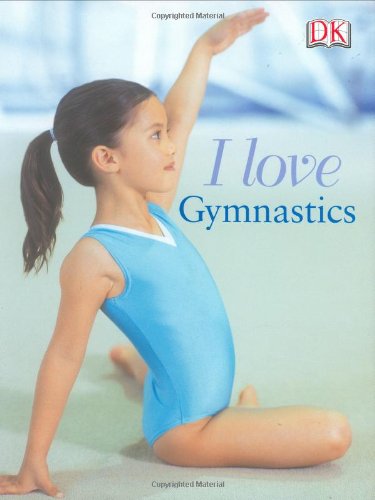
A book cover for I Love Gymnastics; Naia Bray-Moffatt; Children's Books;